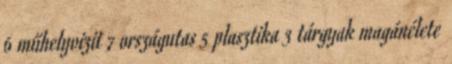
6 műhelyvizit 7 országutas 5 plasztika 3 tárgyak magánélete